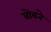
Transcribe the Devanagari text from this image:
ब्रोवने